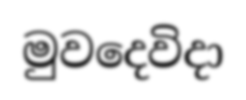
මුවදෙවිදා